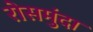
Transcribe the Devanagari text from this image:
रोसमुंदा